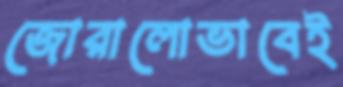
জোরালোভাবেই